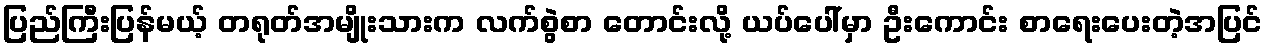
ပြည်ကြီးပြန်မယ့် တရုတ်အမျိုးသားက လက်စွဲစာ တောင်းလို့ ယပ်ပေါ်မှာ ဦးကောင်း စာရေးပေးတဲ့အပြင်